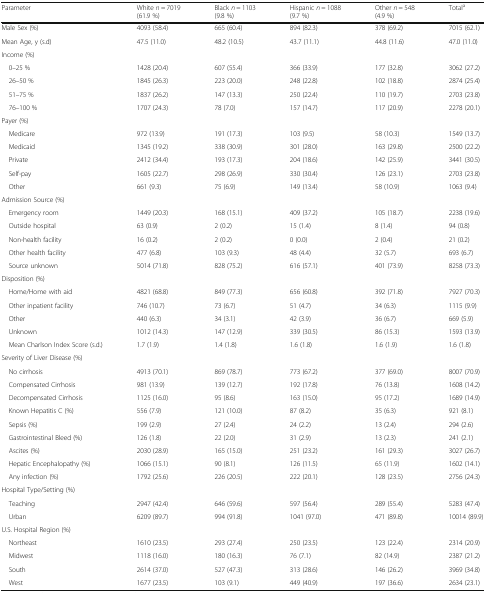
<table><thead><tr><td><b>Parameter</b></td><td><b>White <i>n</i> = 7019 (61.9 %)</b></td><td><b>Black <i>n</i> = 1103 (9.8 %)</b></td><td><b>Hispanic <i>n</i> = 1088 (9.7 %)</b></td><td><b>Other <i>n</i> = 548 (4.9 %)</b></td><td><b>Total<sup>a</sup></b></td></tr></thead><tbody><tr><td>Male Sex (%)</td><td>4093 (58.4)</td><td>665 (60.4)</td><td>894 (82.3)</td><td>378 (69.2)</td><td>7015 (62.1)</td></tr><tr><td>Mean Age, y (s.d)</td><td>47.5 (11.0)</td><td>48.2 (10.5)</td><td>43.7 (11.1)</td><td>44.8 (11.6)</td><td>47.0 (11.0)</td></tr><tr><td colspan="6">Income (%)</td></tr><tr><td> 0–25 %</td><td>1428 (20.4)</td><td>607 (55.4)</td><td>366 (33.9)</td><td>177 (32.8)</td><td>3062 (27.2)</td></tr><tr><td> 26–50 %</td><td>1845 (26.3)</td><td>223 (20.0)</td><td>248 (22.8)</td><td>102 (18.8)</td><td>2874 (25.4)</td></tr><tr><td> 51–75 %</td><td>1837 (26.2)</td><td>147 (13.3)</td><td>250 (22.4)</td><td>110 (19.7)</td><td>2703 (23.8)</td></tr><tr><td> 76–100 %</td><td>1707 (24.3)</td><td>78 (7.0)</td><td>157 (14.7)</td><td>117 (20.9)</td><td>2278 (20.1)</td></tr><tr><td colspan="6">Payer (%)</td></tr><tr><td> Medicare</td><td>972 (13.9)</td><td>191 (17.3)</td><td>103 (9.5)</td><td>58 (10.3)</td><td>1549 (13.7)</td></tr><tr><td> Medicaid</td><td>1345 (19.2)</td><td>338 (30.9)</td><td>301 (28.0)</td><td>163 (29.8)</td><td>2500 (22.2)</td></tr><tr><td> Private</td><td>2412 (34.4)</td><td>193 (17.3)</td><td>204 (18.6)</td><td>142 (25.9)</td><td>3441 (30.5)</td></tr><tr><td> Self-pay</td><td>1605 (22.7)</td><td>298 (26.9)</td><td>330 (30.4)</td><td>126 (23.1)</td><td>2703 (23.8)</td></tr><tr><td> Other</td><td>661 (9.3)</td><td>75 (6.9)</td><td>149 (13.4)</td><td>58 (10.9)</td><td>1063 (9.4)</td></tr><tr><td colspan="6">Admission Source (%)</td></tr><tr><td> Emergency room</td><td>1449 (20.3)</td><td>168 (15.1)</td><td>409 (37.2)</td><td>105 (18.7)</td><td>2238 (19.6)</td></tr><tr><td> Outside hospital</td><td>63 (0.9)</td><td>2 (0.2)</td><td>15 (1.4)</td><td>8 (1.4)</td><td>94 (0.8)</td></tr><tr><td> Non-health facility</td><td>16 (0.2)</td><td>2 (0.2)</td><td>0 (0.0)</td><td>2 (0.4)</td><td>21 (0.2)</td></tr><tr><td> Other health facility</td><td>477 (6.8)</td><td>103 (9.3)</td><td>48 (4.4)</td><td>32 (5.7)</td><td>693 (6.7)</td></tr><tr><td> Source unknown</td><td>5014 (71.8)</td><td>828 (75.2)</td><td>616 (57.1)</td><td>401 (73.9)</td><td>8258 (73.3)</td></tr><tr><td colspan="6">Disposition (%)</td></tr><tr><td> Home/Home with aid</td><td>4821 (68.8)</td><td>849 (77.3)</td><td>656 (60.8)</td><td>392 (71.8)</td><td>7927 (70.3)</td></tr><tr><td> Other inpatient facility</td><td>746 (10.7)</td><td>73 (6.7)</td><td>51 (4.7)</td><td>34 (6.3)</td><td>1115 (9.9)</td></tr><tr><td> Other</td><td>440 (6.3)</td><td>34 (3.1)</td><td>42 (3.9)</td><td>36 (6.7)</td><td>669 (5.9)</td></tr><tr><td> Unknown</td><td>1012 (14.3)</td><td>147 (12.9)</td><td>339 (30.5)</td><td>86 (15.3)</td><td>1593 (13.9)</td></tr><tr><td> Mean Charlson Index Score (s.d.)</td><td>1.7 (1.9)</td><td>1.4 (1.8)</td><td>1.6 (1.8)</td><td>1.6 (1.9)</td><td>1.6 (1.8)</td></tr><tr><td colspan="6">Severity of Liver Disease (%)</td></tr><tr><td> No cirrhosis</td><td>4913 (70.1)</td><td>869 (78.7)</td><td>773 (67.2)</td><td>377 (69.0)</td><td>8007 (70.9)</td></tr><tr><td> Compensated Cirrhosis</td><td>981 (13.9)</td><td>139 (12.7)</td><td>192 (17.8)</td><td>76 (13.8)</td><td>1608 (14.2)</td></tr><tr><td> Decompensated Cirrhosis</td><td>1125 (16.0)</td><td>95 (8.6)</td><td>163 (15.0)</td><td>95 (17.2)</td><td>1689 (14.9)</td></tr><tr><td> Known Hepatitis C (%)</td><td>556 (7.9)</td><td>121 (10.0)</td><td>87 (8.2)</td><td>35 (6.3)</td><td>921 (8.1)</td></tr><tr><td> Sepsis (%)</td><td>199 (2.9)</td><td>27 (2.4)</td><td>24 (2.2)</td><td>13 (2.4)</td><td>294 (2.6)</td></tr><tr><td> Gastrointestinal Bleed (%)</td><td>126 (1.8)</td><td>22 (2.0)</td><td>31 (2.9)</td><td>13 (2.3)</td><td>241 (2.1)</td></tr><tr><td> Ascites (%)</td><td>2030 (28.9)</td><td>165 (15.0)</td><td>251 (23.2)</td><td>161 (29.3)</td><td>3027 (26.7)</td></tr><tr><td> Hepatic Encephalopathy (%)</td><td>1066 (15.1)</td><td>90 (8.1)</td><td>126 (11.5)</td><td>65 (11.9)</td><td>1602 (14.1)</td></tr><tr><td> Any infection (%)</td><td>1792 (25.6)</td><td>226 (20.5)</td><td>222 (20.1)</td><td>128 (23.5)</td><td>2756 (24.3)</td></tr><tr><td colspan="6">Hospital Type/Setting (%)</td></tr><tr><td> Teaching</td><td>2947 (42.4)</td><td>646 (59.6)</td><td>597 (56.4)</td><td>289 (55.4)</td><td>5283 (47.4)</td></tr><tr><td> Urban</td><td>6209 (89.7)</td><td>994 (91.8)</td><td>1041 (97.0)</td><td>471 (89.8)</td><td>10014 (89.9)</td></tr><tr><td colspan="6">U.S. Hospital Region (%)</td></tr><tr><td> Northeast</td><td>1610 (23.5)</td><td>293 (27.4)</td><td>250 (23.5)</td><td>123 (22.4)</td><td>2314 (20.9)</td></tr><tr><td> Midwest</td><td>1118 (16.0)</td><td>180 (16.3)</td><td>76 (7.1)</td><td>82 (14.9)</td><td>2387 (21.2)</td></tr><tr><td> South</td><td>2614 (37.0)</td><td>527 (47.3)</td><td>313 (28.6)</td><td>146 (26.2)</td><td>3969 (34.8)</td></tr><tr><td> West</td><td>1677 (23.5)</td><td>103 (9.1)</td><td>449 (40.9)</td><td>197 (36.6)</td><td>2634 (23.1)</td></tr></tbody></table>